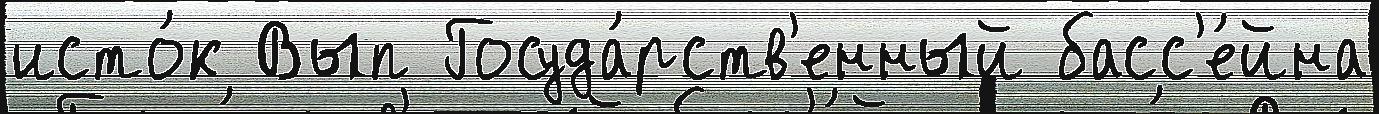
исто́к Вып Госуда́рств'енный басс'е́йна